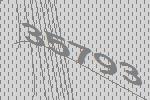
35793